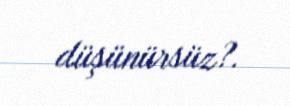
düşünürsüz?.